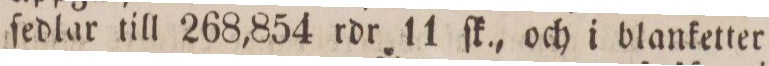
ſedlar till 268,854 rdr 11 ſk., och i blanketter